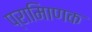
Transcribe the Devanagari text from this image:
प्रामािणक